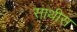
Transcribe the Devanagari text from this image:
साथीस